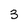
Character: 3